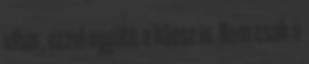
vihar, ezzel együtt a káosz is. Nem csak a